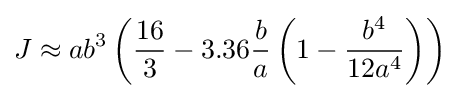
J\approx ab^{3}\left({\frac {16}{3}}-{3.36}{\frac {b}{a}}\left(1-{\frac {b^{4}}{12a^{4}}}\right)\right)